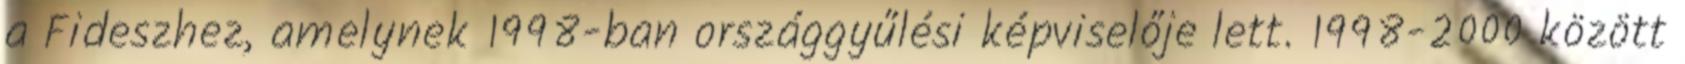
a Fideszhez, amelynek 1998-ban országgyűlési képviselője lett. 1998-2000 között